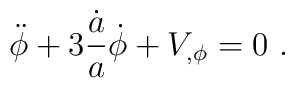
\ddot \phi + 3 { \dot a \over a} \dot \phi + V_{,\phi}=0  \ .